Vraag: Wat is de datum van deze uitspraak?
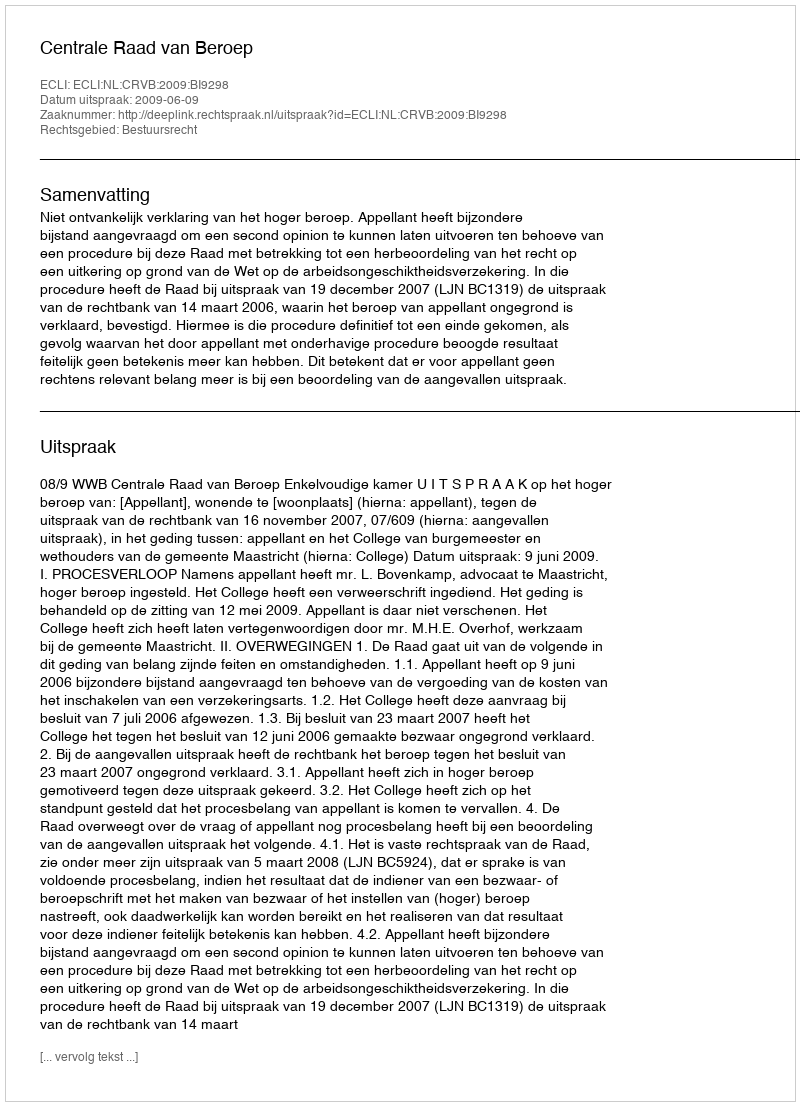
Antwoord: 2009-06-09